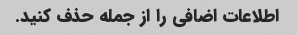
اطلاعات اضافی را از جمله حذف کنید.